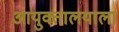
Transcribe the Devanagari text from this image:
आयुक्तालयाला